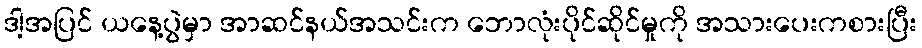
ဒါ့အပြင် ယနေ့ပွဲမှာ အာဆင်နယ်အသင်းက ဘောလုံးပိုင်ဆိုင်မှုကို အသားပေးကစားပြီး